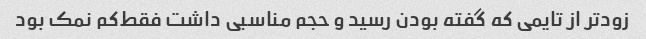
زودتر از تایمی که گفته بودن رسید و حجم مناسبی داشت فقط‌کم نمک بود